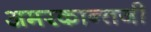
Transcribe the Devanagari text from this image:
अमरकान्तजी